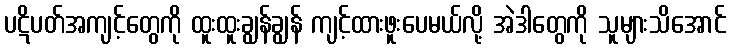
ပဋိပတ်အကျင့်တွေကို ထူးထူးချွန်ချွန် ကျင့်ထားဖူးပေမယ်လို့ အဲဒါတွေကို သူများသိအောင်